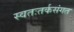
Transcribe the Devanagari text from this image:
स्वतःतर्कसंगत